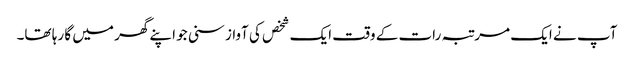
آپ نے ایک مرتبہ رات کے وقت ایک شخص کی آواز سنی جو اپنے گھر میں گا رہا تھا۔